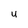
Character: U